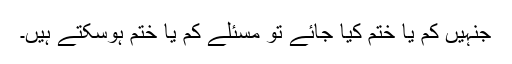
جنہیں کم یا ختم کیا جائے تو مسئلے کم یا ختم ہوسکتے ہیں۔